Civil Veterinary Dept. Bombay admin report 1907-1913 - 1907-1913
Year: 1907
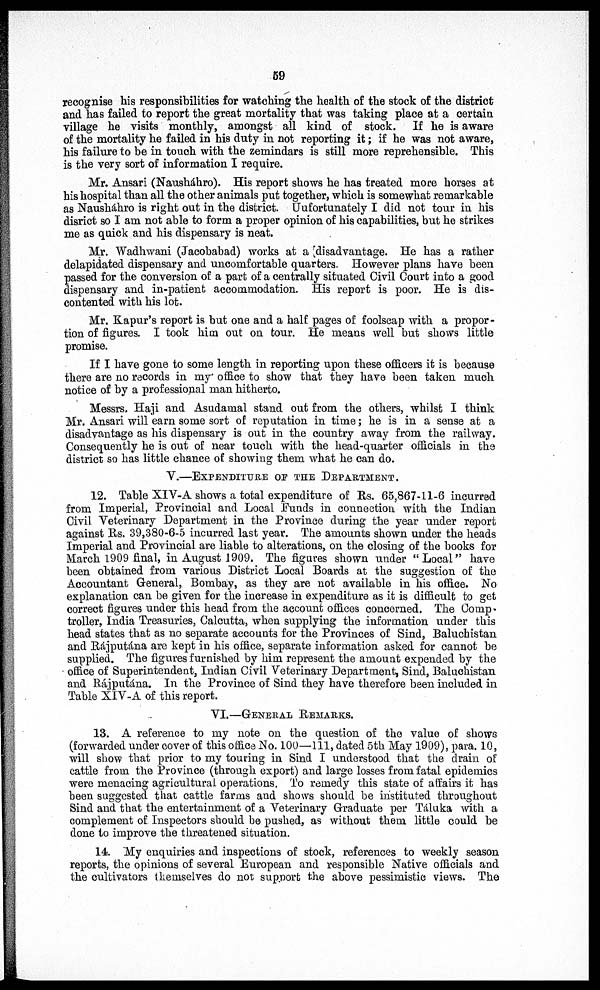
59
recognise his responsibilities for watching the health of the stock of the district
and has failed to report the great mortality that was taking place at a certain
village he visits monthly, amongst all kind of stock. If he is aware
of the mortality he failed in his duty in not reporting it; if he was not aware,
his failure to be in touch with the zemindars is still more reprehensible. This
is the very sort of information I require.
Mr. Ansari (Nausháhro). His report shows he has treated more horses at
his hospital than all the other animals put together, which is somewhat remarkable
as Nausháhro is right out in the district. Unfortunately I did not tour in his
disrict so I am not able to form a proper opinion of his capabilities, but he strikes
me as quick and his dispensary is neat.
Mr. Wadhwani (Jacobabad) works at a disadvantage. He has a rather
delapidated dispensary and uncomfortable quarters. However plans have been
passed for the conversion of a part of a centrally situated Civil Court into a good
dispensary and in-patient accommodation. His report is poor. He is dis-
contented with his lot.
Mr. Kapur's report is but one and a half pages of foolscap with a propor-
tion of figures. I took him out on tour. He means well but shows little
promise.
If I have gone to some length in reporting upon these officers it is because
there are no records in my office to show that they have been taken much
notice of by a professional man hitherto.
Messrs. Haji and Asudamal stand out from the others, whilst I think
Mr. Ansari will earn some sort of reputation in time; he is in a sense at a
disadvantage as his dispensary is out in the country away from the railway.
Consequently he is out of near touch with the head-quarter officials in the
district so has little chance of showing them what he can do.
V.—EXPENDITURE OF THE DEPARTMENT.
12. Table XIV-A shows a total expenditure of Rs. 65,867-11-6 incurred
from Imperial, Provincial and Local Funds in connection with the Indian
Civil Veterinary Department in the Province during the year under report
against Rs. 39,380-6-5 incurred last year. The amounts shown under the heads
Imperial and Provincial are liable to alterations, on the closing of the books for
March 1909 final, in August 1909. The figures shown under " Local " have
been obtained from various District Local Boards at the suggestion of the
Accountant General, Bombay, as they are not available in his office. No
explanation can be given for the increase in expenditure as it is difficult to get
correct figures under this head from the account offices concerned. The Comp-
troller, India Treasuries, Calcutta, when supplying the information under this
head states that as no separate accounts for the Provinces of Sind, Baluchistan
and Rájputána are kept in his office, separate information asked for cannot be
supplied. The figures furnished by him represent the amount expended by the
office of Superintendent, Indian Civil Veterinary Department, Sind, Baluchistan
and Rájputána. In the Province of Sind they have therefore been included in
Table XIV-A of this report.
VI.—GENERAL REMARKS.
13. A reference to my note on the question of the value of shows
(forwarded under cover of this office No. 100—111, dated 5th May 1909), para. 10,
will show that prior to my touring in Sind I understood that the drain of
cattle from the Province (through export) and large losses from fatal epidemics
were menacing agricultural operations. To remedy this state of affairs it has
been suggested that cattle farms and shows should be instituted throughout
Sind and that the entertainment of a Veterinary Graduate per Táluka with a
complement of Inspectors should be pushed, as without them little could be
done to improve the threatened situation.
14. My enquiries and inspections of stock, references to weekly season
reports, the opinions of several European and responsible Native officials and
the cultivators themselves do not support the above pessimistic views. The